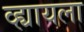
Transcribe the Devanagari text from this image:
व्ह्यायला